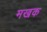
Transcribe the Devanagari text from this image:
मखक